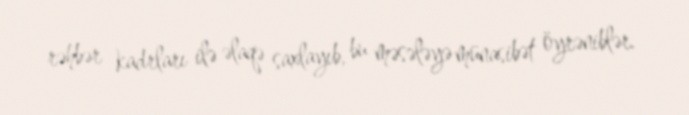
rəhbər kadrları ilə əlaqə saxlayıb, bu məsələyə münasibət öyrəniblər.